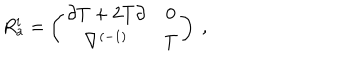
R _ { a } ^ { i } = \left( \begin{matrix} { { \partial T + 2 T \partial } } & { { 0 } } \\ { { \nabla ^ { ( - 1 ) } } } & { { T } } \\ \end{matrix} \right) \ ,